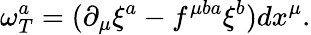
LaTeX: \omega_{T}^{a}=(\partial_{\mu}\xi^{a}-f^{\mu ba}\xi^{b})dx^{\mu}.